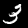
Digit: 3